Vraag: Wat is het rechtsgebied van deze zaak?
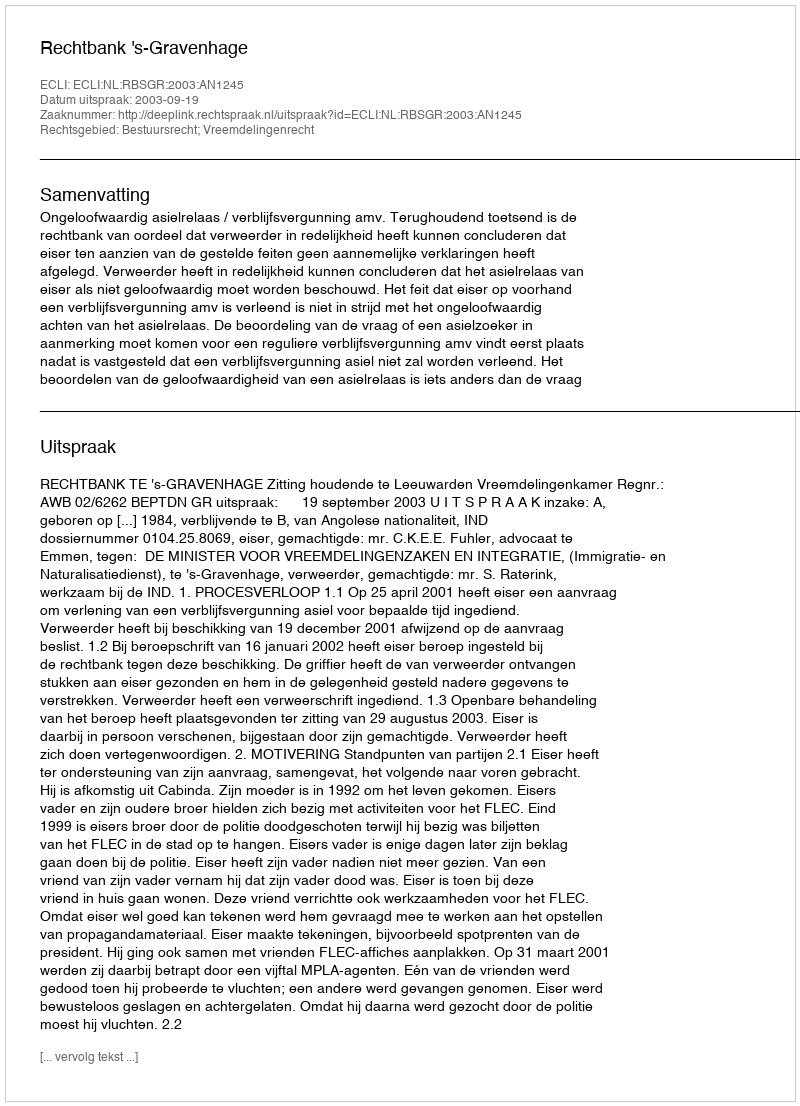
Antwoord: Bestuursrecht; Vreemdelingenrecht